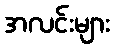
အလင်းများ